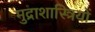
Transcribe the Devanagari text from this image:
मुद्राशास्त्रियों